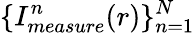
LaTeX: \{ I_{measure}^{n}(r)\} _{n=1}^{N}